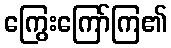
ကြွေးကြော်ကြ၏